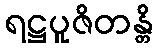
ရဋ္ဌပူဇိတန္တိ